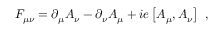
F _ { \mu \nu } = \partial _ { \mu } A _ { \nu } - \partial _ { \nu } A _ { \mu } + i e \left[ A _ { \mu } , A _ { \nu } \right] \ ,